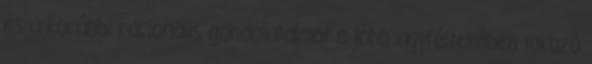
és a korábbi racionális gondolataimat a jobb agyféltekében lakozó